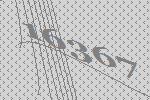
16367